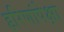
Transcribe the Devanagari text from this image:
हरिणांपेक्षा